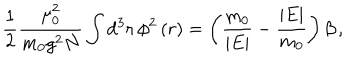
LaTeX: \frac { 1 } { 2 } \frac { \mu _ { 0 } ^ { 2 } } { m _ { 0 } g ^ { 2 } N } \int \mathrm { d } ^ { 3 } { \bf r } \, \phi ^ { 2 } \left( r \right) = \left( \frac { m _ { 0 } } { \vert E \vert } - \frac { \vert E \vert } { m _ { 0 } } \right) \beta \, ,